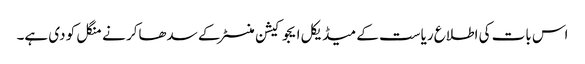
اس بات کی اطلاع ریاست کے میڈیکل ایجوکیشن منسٹر کے سدھاکر نے منگل کو دی ہے۔